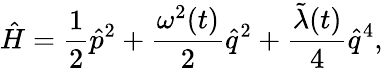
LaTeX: \hat{H}=\frac{1}{2}\hat{p}^{2}+\frac{{\omega}^{2}(t)}{2}\hat{q}^{2}+\frac{\tilde{\lambda}(t)}{4}\hat{q}^{4},